Problem: 33 + 27 = ?
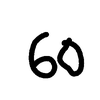
Handwritten answer: 60